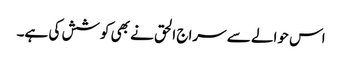
اس حوالے سے سراج الحق نے بھی کوشش کی ہے۔